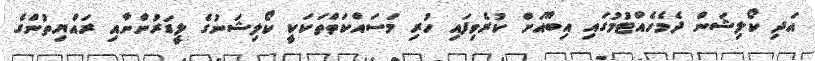
އަދި ކޯލިޝަން ދެމެހެއްޓުމުގައި އިބޫއަށް ކުރެވިފައި ހުރި މަސައްކަތްތަކަކީ ކޯލިޝަނުގެ ލީޑަރުންނާއި ރައްޔިތުންގެ